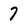
Character: 7